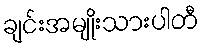
ချင်းအမျိုးသားပါတီ